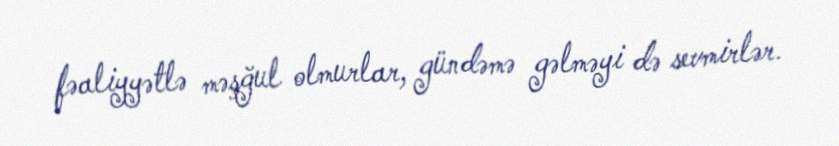
fəaliyyətlə məşğul olmurlar, gündəmə gəlməyi də sevmirlər.